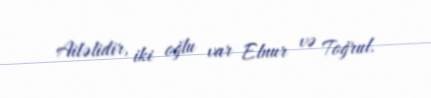
Ailəlidir, iki oğlu var Elnur və Toğrul.